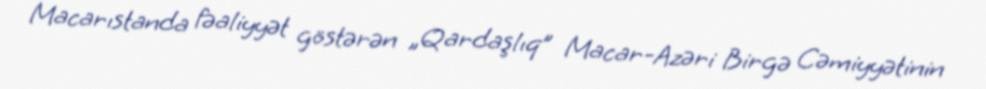
Macarıstanda fəaliyyət göstərən „Qardaşlıq” Macar-Azəri Birgə Cəmiyyətinin